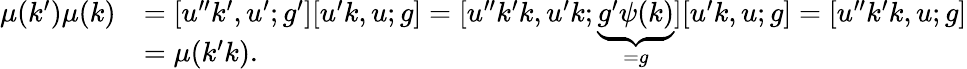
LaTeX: \begin{array}{rl}{\mu(k^{\prime})\mu(k)}&{=[u^{\prime\prime}k^{\prime},u^{\prime};g^{\prime}][u^{\prime}k,u;g]=[u^{\prime\prime}k^{\prime}k,u^{\prime}k;\smash{\underbrace{g^{\prime}\psi(k)}_{=g}}][u^{\prime}k,u;g]=[u^{\prime\prime}k^{\prime}k,u;g]}\\ &{=\mu(k^{\prime}k).}\end{array}